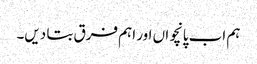
ہم اب پانچواں اور اہم فرق بتا دیں۔